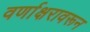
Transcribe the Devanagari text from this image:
वर्णाक्षरावरून